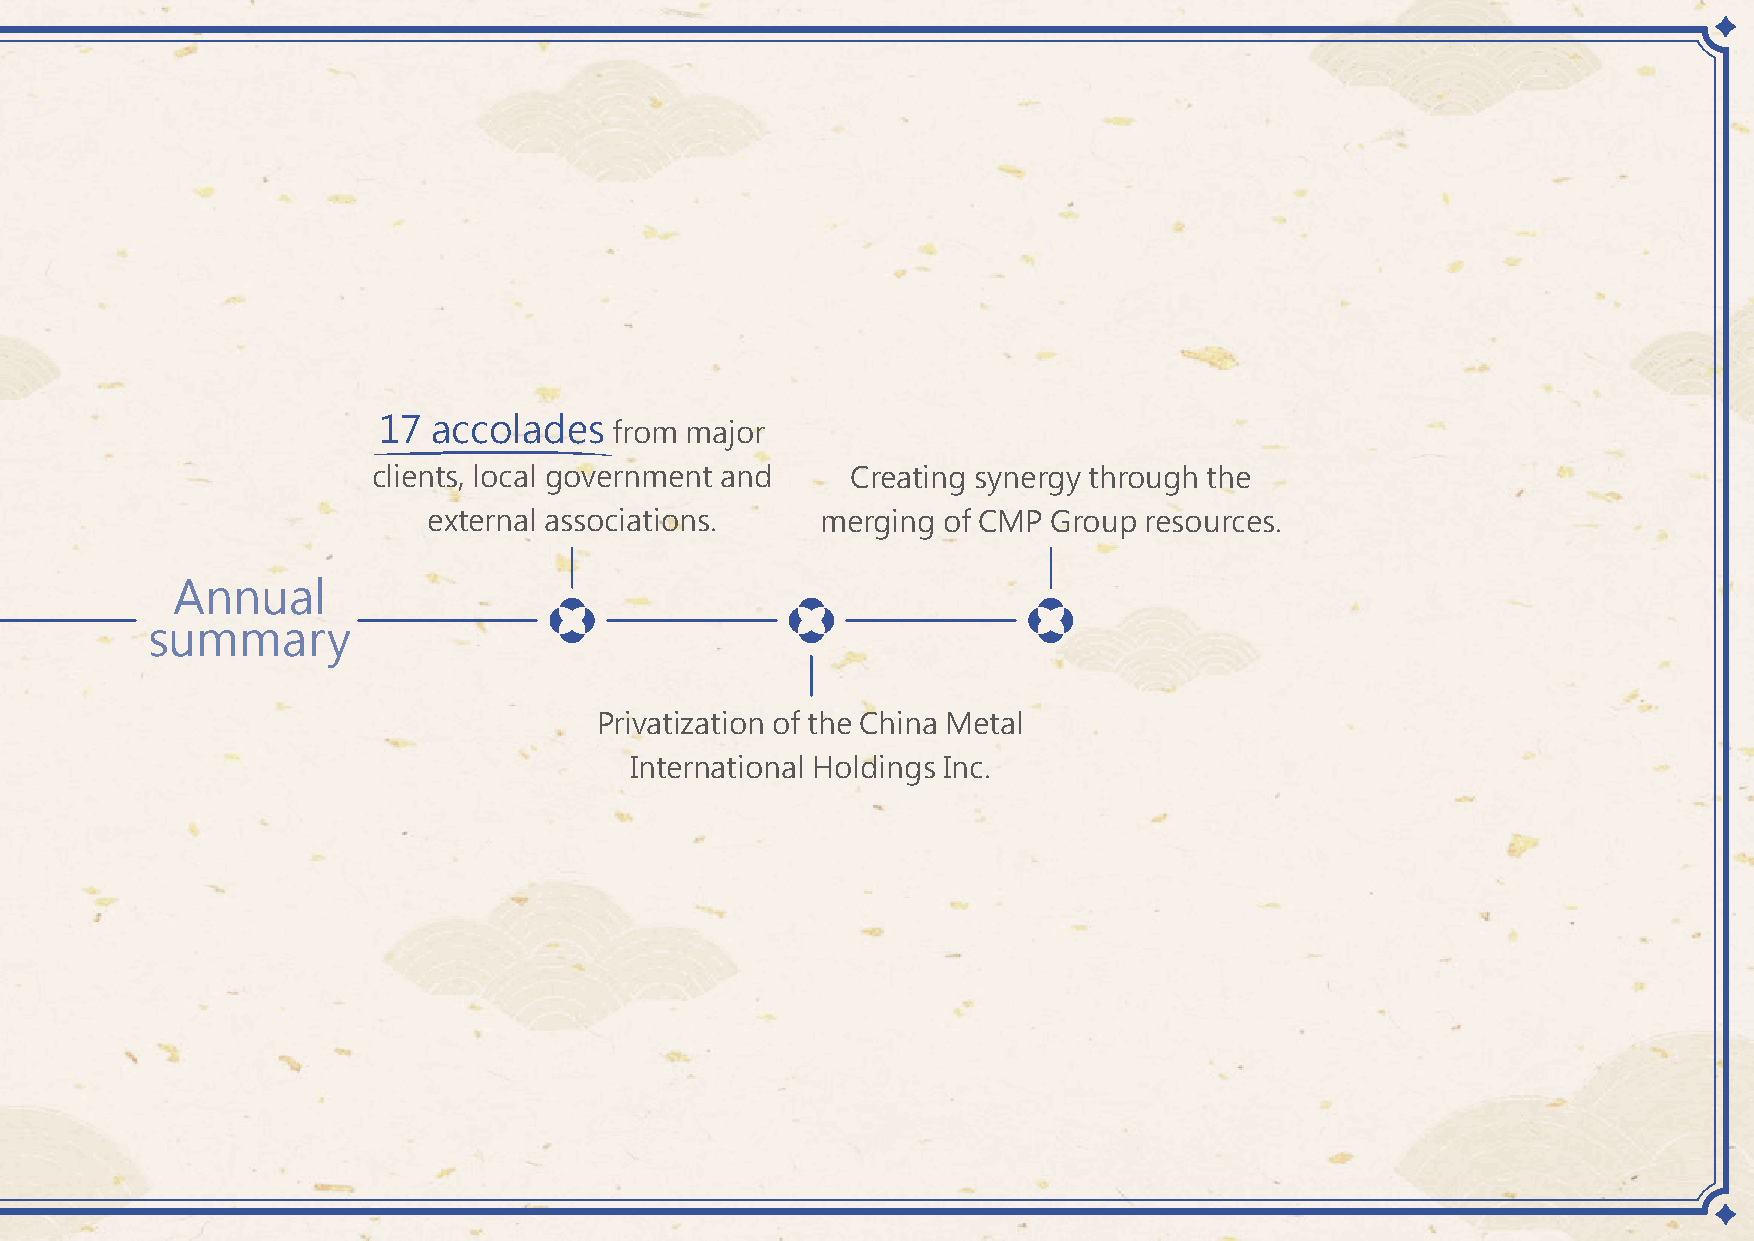
01
 17  accolades   from major
 clients, local government and  Creating synergy through the
 external associations.    merging of CMP  Group resources.
 CMP Overview
 Annual
 summary
 1.1 Business Philosophy 1.4 Annual Awards Privatization of the China Metal
 International Holdings Inc.
 1.2 History & Developments 1.5 External Initiatives &
 Membership of Associations
 1.3 Scale of the CMP Group